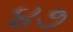
૪૭